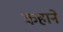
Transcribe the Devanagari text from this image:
कहाने